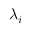
\lambda _ { i }